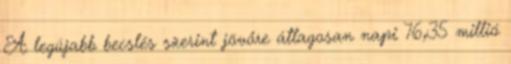
A legújabb becslés szerint jövőre átlagosan napi 76,35 millió